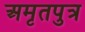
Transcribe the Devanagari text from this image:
अमृतपुत्र